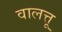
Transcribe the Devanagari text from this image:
वालत्तू